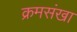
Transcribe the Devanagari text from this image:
क्रमसंखा